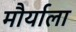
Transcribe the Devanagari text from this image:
मौर्याला